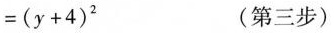
$$= ( y + 4 ) ^ { 2 }$$ (第三步)